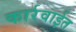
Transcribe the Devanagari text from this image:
कार्रवाईत